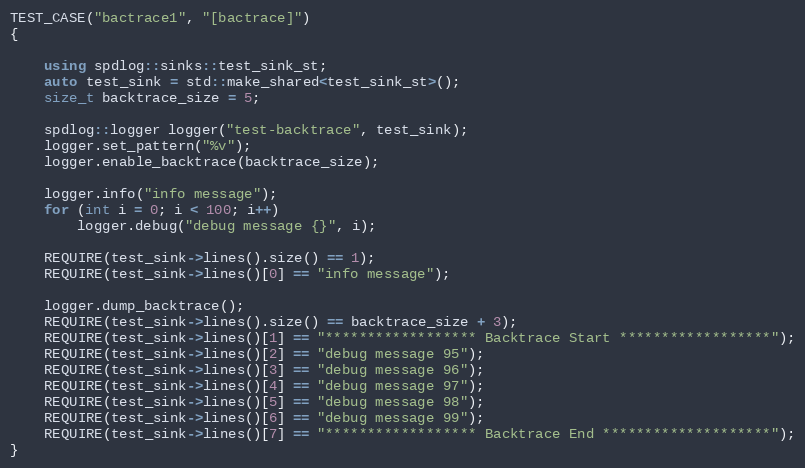
Language: C++
TEST_CASE("bactrace1", "[bactrace]")
{

    using spdlog::sinks::test_sink_st;
    auto test_sink = std::make_shared<test_sink_st>();
    size_t backtrace_size = 5;

    spdlog::logger logger("test-backtrace", test_sink);
    logger.set_pattern("%v");
    logger.enable_backtrace(backtrace_size);

    logger.info("info message");
    for (int i = 0; i < 100; i++)
        logger.debug("debug message {}", i);

    REQUIRE(test_sink->lines().size() == 1);
    REQUIRE(test_sink->lines()[0] == "info message");

    logger.dump_backtrace();
    REQUIRE(test_sink->lines().size() == backtrace_size + 3);
    REQUIRE(test_sink->lines()[1] == "****************** Backtrace Start ******************");
    REQUIRE(test_sink->lines()[2] == "debug message 95");
    REQUIRE(test_sink->lines()[3] == "debug message 96");
    REQUIRE(test_sink->lines()[4] == "debug message 97");
    REQUIRE(test_sink->lines()[5] == "debug message 98");
    REQUIRE(test_sink->lines()[6] == "debug message 99");
    REQUIRE(test_sink->lines()[7] == "****************** Backtrace End ********************");
}